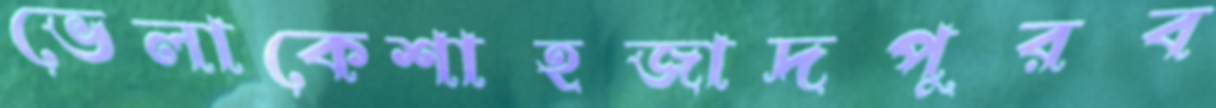
ভেলাকেশাহজাদপুরব